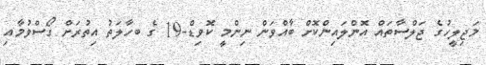
މަޖިލީހުގެ ޖަލްސާތައް އޮންލައިންކޮށް ބާއްވަން ނިންމީ ކޮވިޑް-19 ގެ ބހާލަތު އިތުރަށް ގޯސްވުމާއި